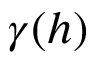
\gamma ( h )